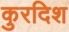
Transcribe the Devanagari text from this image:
कुरदिश